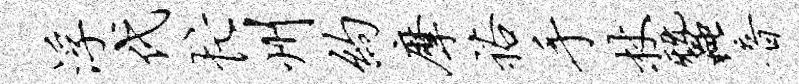
浮代忙州约摩裕手杖蚕音